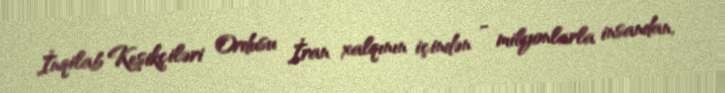
İnqilab Keşikçiləri Ordusu İran xalqının içindən - milyonlarla insandan,